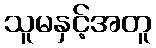
သူမနှင့်အတူ